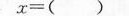
$$x = ( )$$